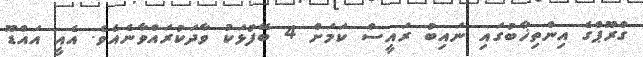
ގްރޫޕްގެ އިންތިޚާބުގައި ނައިބު ރައީސް ކަމަށް 4 ބޭފުޅަކު ވާދަކުރައްވާނެއެވެ. އެއީ އައްޑޫ